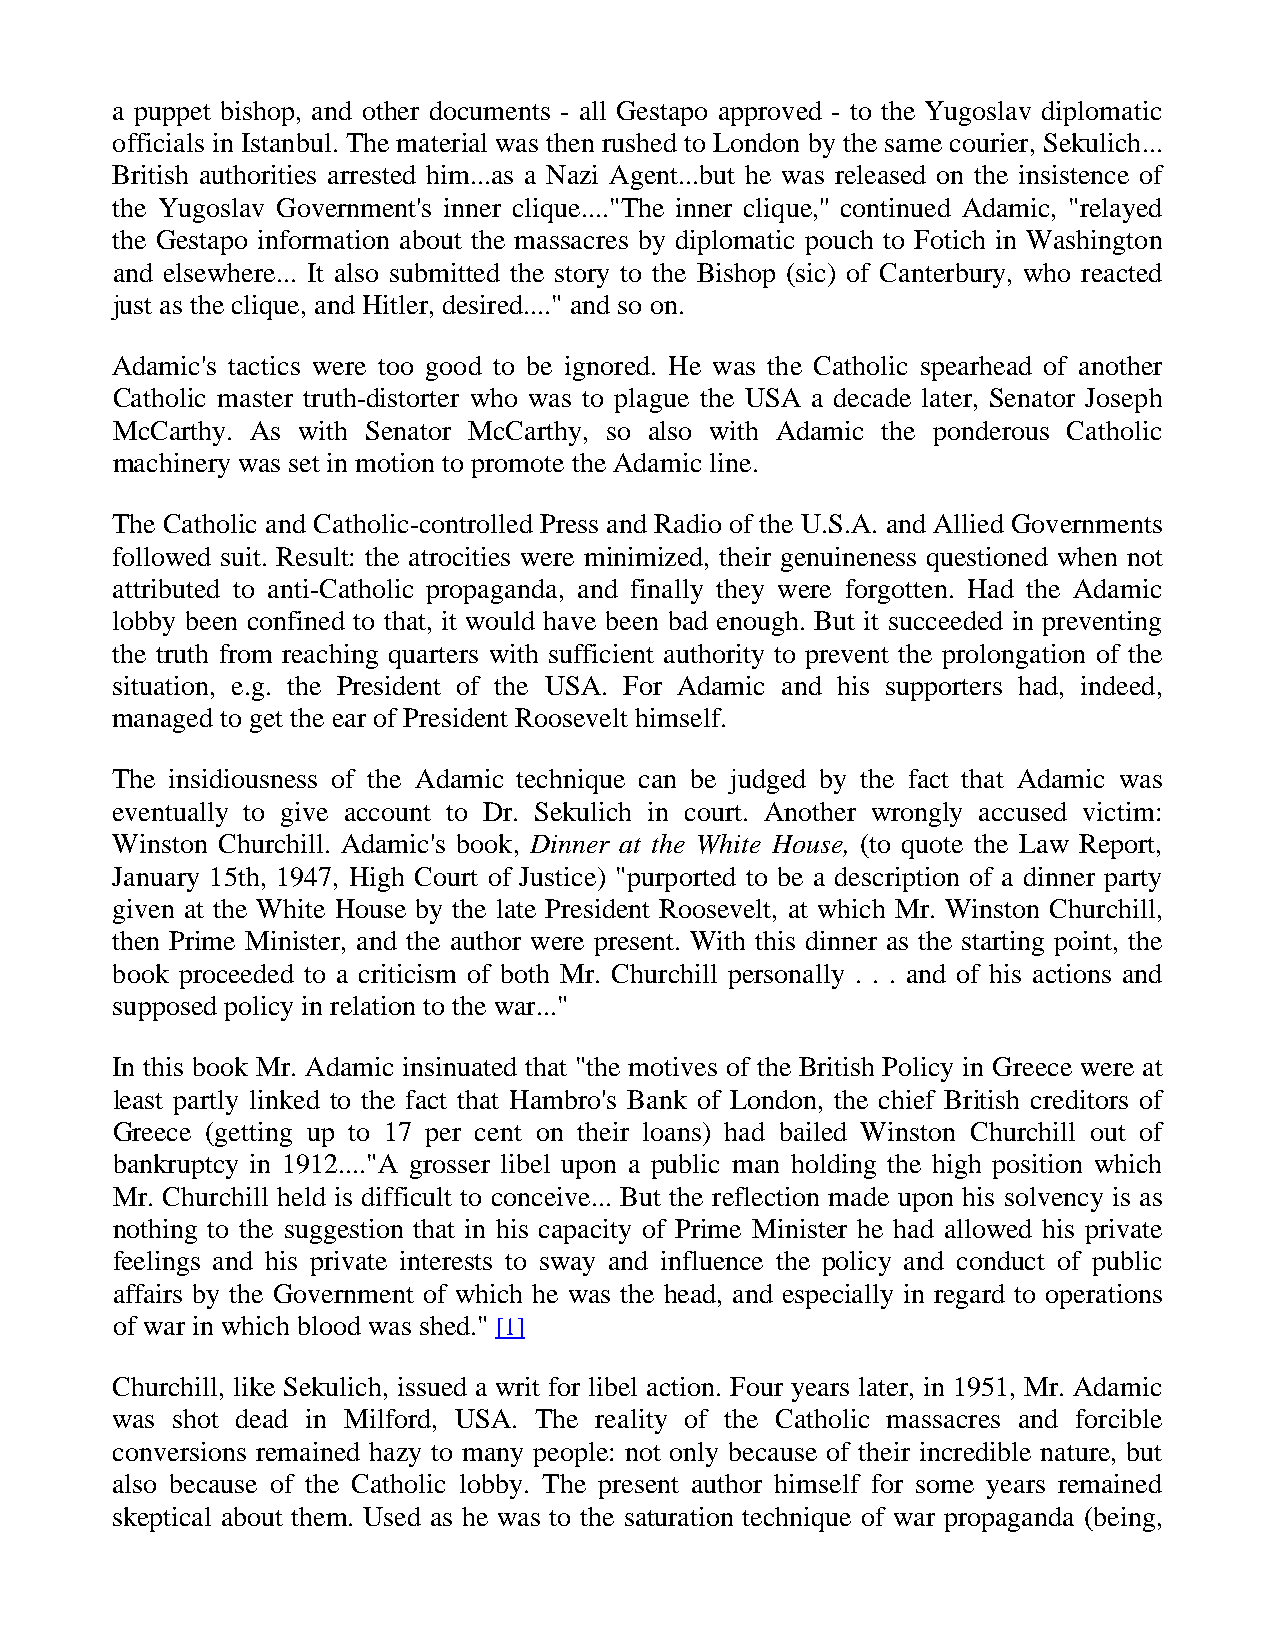
a puppet bishop, and other documents - all Gestapo approved - to the Yugoslav diplomatic
 officials in Istanbul. The material was then rushed to London by the same courier, Sekulich...
 British authorities arrested him...as a Nazi Agent...but he was released on the insistence of
 the Yugoslav Government's inner clique...."The inner clique,'' continued Adamic, "relayed
 the Gestapo information about the massacres by diplomatic pouch to Fotich in Washington
 and elsewhere... It also submitted the story to the Bishop (sic) of Canterbury, who reacted
 just as the clique, and Hitler, desired...." and so on.
 Adamic's tactics were too good to be ignored. He was the Catholic spearhead of another
 Catholic master truth-distorter who was to plague the USA a decade later, Senator Joseph
 McCarthy. As with Senator McCarthy, so also with Adamic the ponderous Catholic
 machinery was set in motion to promote the Adamic line.
 The Catholic and Catholic-controlled Press and Radio of the U.S.A. and Allied Governments
 followed suit. Result: the atrocities were minimized, their genuineness questioned when not
 attributed to anti-Catholic propaganda, and finally they were forgotten. Had the Adamic
 lobby been confined to that, it would have been bad enough. But it succeeded in preventing
 the truth from reaching quarters with sufficient authority to prevent the prolongation of the
 situation, e.g. the President of the USA. For Adamic and his supporters had, indeed,
 managed to get the ear of President Roosevelt himself.
 The insidiousness of the Adamic technique can be judged by the fact that Adamic was
 eventually to give account to Dr. Sekulich in court. Another wrongly accused victim:
 Winston Churchill. Adamic's book, Dinner at the White House, (to quote the Law Report,
 January 15th, 1947, High Court of Justice) "purported to be a description of a dinner party
 given at the White House by the late President Roosevelt, at which Mr. Winston Churchill,
 then Prime Minister, and the author were present. With this dinner as the starting point, the
 book proceeded to a criticism of both Mr. Churchill personally . . . and of his actions and
 supposed policy in relation to the war..."
 In this book Mr. Adamic insinuated that "the motives of the British Policy in Greece were at
 least partly linked to the fact that Hambro's Bank of London, the chief British creditors of
 Greece (getting up to 17 per cent on their loans) had bailed Winston Churchill out of
 bankruptcy in 1912...."A grosser libel upon a public man holding the high position which
 Mr. Churchill held is difficult to conceive... But the reflection made upon his solvency is as
 nothing to the suggestion that in his capacity of Prime Minister he had allowed his private
 feelings and his private interests to sway and influence the policy and conduct of public
 affairs by the Government of which he was the head, and especially in regard to operations
 of war in which blood was shed." [1]
 Churchill, like Sekulich, issued a writ for libel action. Four years later, in 1951, Mr. Adamic
 was shot dead in Milford, USA. The reality of the Catholic massacres and forcible
 conversions remained hazy to many people: not only because of their incredible nature, but
 also because of the Catholic lobby. The present author himself for some years remained
 skeptical about them. Used as he was to the saturation technique of war propaganda (being,